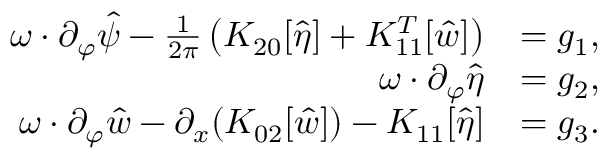
\begin{array} { r l } { \omega \cdot \partial _ { \varphi } \hat { \psi } - \frac { 1 } { 2 \pi } \left( K _ { 2 0 } [ \hat { \eta } ] + K _ { 1 1 } ^ { T } [ \hat { w } ] \right) } & { = g _ { 1 } , } \\ { \omega \cdot \partial _ { \varphi } \hat { \eta } } & { = g _ { 2 } , } \\ { \omega \cdot \partial _ { \varphi } \hat { w } - \partial _ { x } ( K _ { 0 2 } [ \hat { w } ] ) - K _ { 1 1 } [ \hat { \eta } ] } & { = g _ { 3 } . } \end{array}